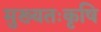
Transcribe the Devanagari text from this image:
मुख्यतःकृषि